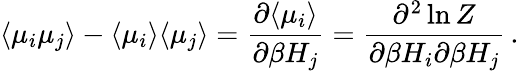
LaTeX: \langle\mu_{i}\mu_{j}\rangle-\langle\mu_{i}\rangle\langle\mu_{j}\rangle=\frac{\partial\langle\mu_{i}\rangle}{\partial\beta H_{j}}=\frac{\partial^{2}\ln Z}{\partial\beta H_{i}\partial\beta H_{j}}\, .